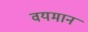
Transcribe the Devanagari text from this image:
वयमान